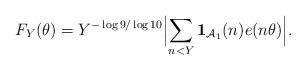
LaTeX: \begin{align*}F_{Y}(\theta)=Y^{-\log{9}/\log{10}}\Bigl|\sum_{n<Y}\mathbf{1}_{\mathcal{A}_1}(n)e(n\theta)\Bigr|.\end{align*}